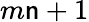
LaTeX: m\mathsf{n}+1